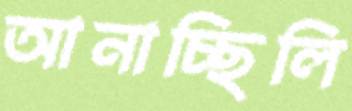
আনাচ্ছিলি